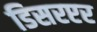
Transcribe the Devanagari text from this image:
डिसरप्टर